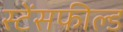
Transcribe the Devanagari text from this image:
स्टेंसफील्ड